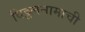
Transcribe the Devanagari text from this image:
विठ्ठलनामाची